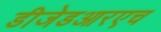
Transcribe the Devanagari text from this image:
डीजेडआरएच